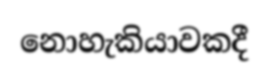
නොහැකියාවකදී